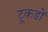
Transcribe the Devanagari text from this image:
टूकडों